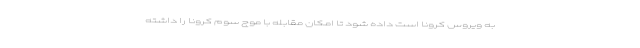
به ویروس کرونا است داده شود تا امکان مقابله با موج سوم کرونا را داشته